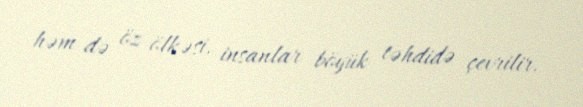
həm də öz ölkəsi, insanlar böyük təhdidə çevrilir.